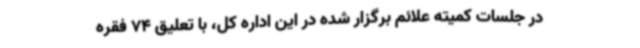
در جلسات ‌کمیته‌ علائم برگزار شده در این اداره ‌کل، با تعلیق 74 فقره